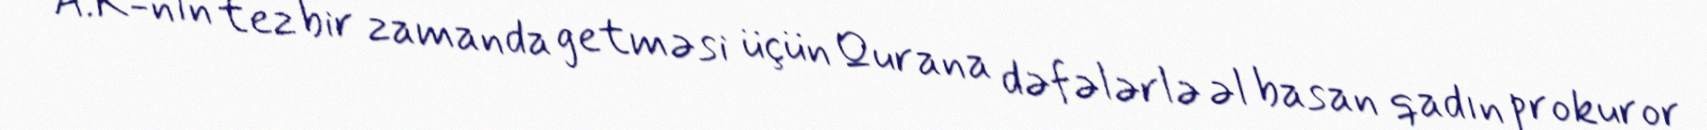
A.K-nın tez bir zamanda getməsi üçün Qurana dəfələrlə əl basan qadın prokuror